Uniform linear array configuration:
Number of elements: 32
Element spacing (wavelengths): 0.25
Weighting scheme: kaiser
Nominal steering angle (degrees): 60
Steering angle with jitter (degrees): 59.484
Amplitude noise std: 0.05
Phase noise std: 0.05

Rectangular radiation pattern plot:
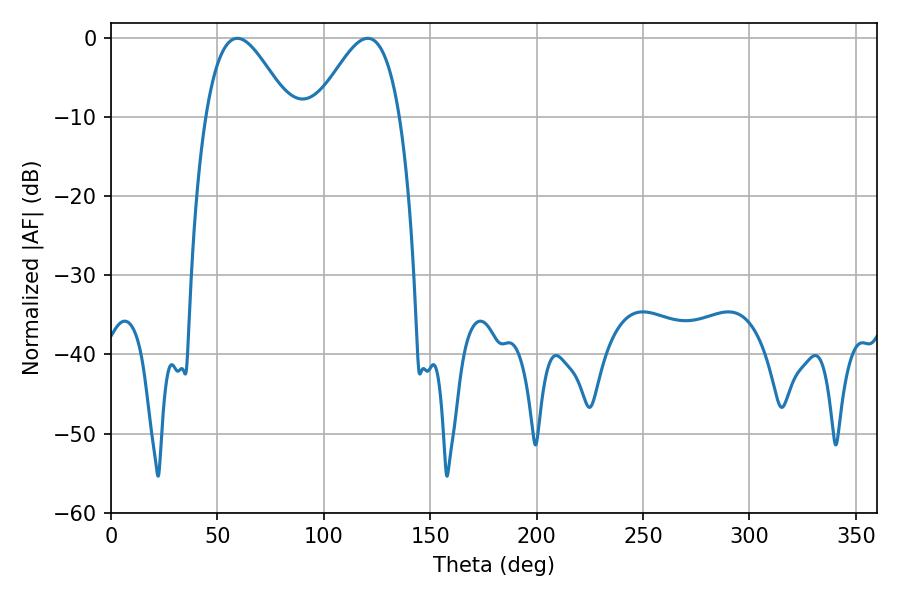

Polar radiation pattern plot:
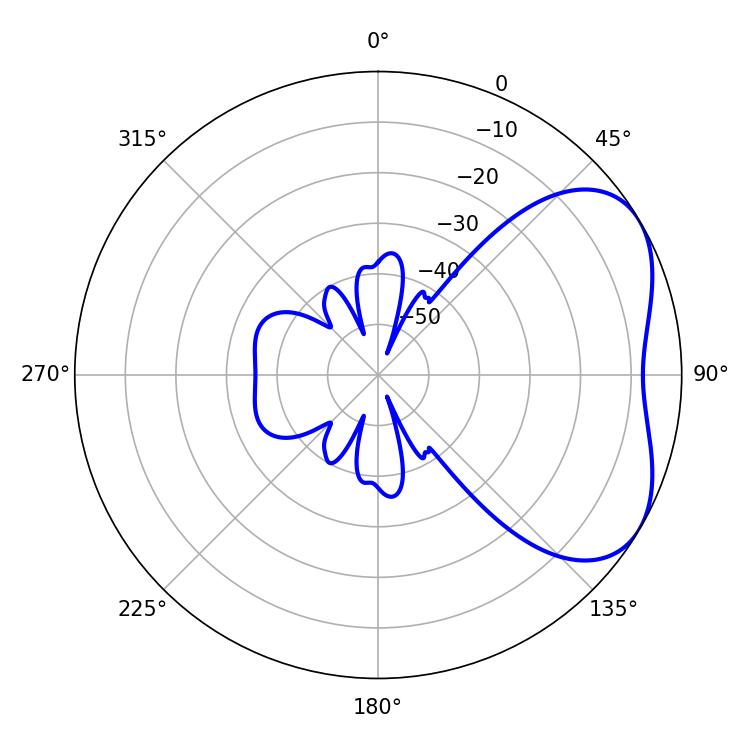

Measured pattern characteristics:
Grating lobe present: FALSE
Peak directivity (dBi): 4.342
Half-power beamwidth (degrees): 21.42
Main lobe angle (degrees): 59.4